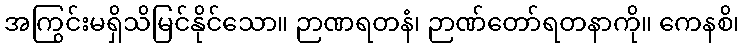
အကြွင်းမရှိသိမြင်နိုင်သော။ ဉာဏရတနံ၊ ဉာဏ်တော်ရတနာကို။ ကေနစိ၊